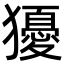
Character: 獶